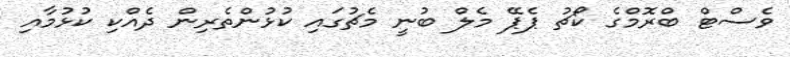
ވެސްޓް ބްރޮމްގެ ކޯޗު ޕެޕޭ މެލް ބުނީ މެޗުގައި ކުޅުންތެރިން ދެއްކި ކުޅުމާއި